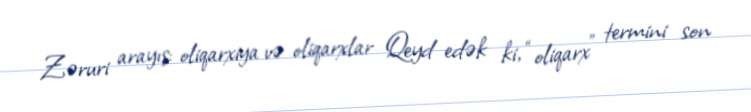
Zəruri arayış: oliqarxiya və oliqarxlar Qeyd edək ki, “oliqarx” termini son